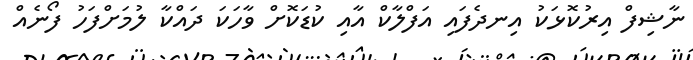
ނާޝިފް އިރުކޮޅަކު އިނދެފައި އަފްލާކް އާއި ކުޑަކޮށް ވާހަކަ ދައްކާ ލުމަށްފަހު ފޯނެއް